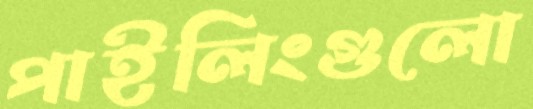
পাইলিংগুলো